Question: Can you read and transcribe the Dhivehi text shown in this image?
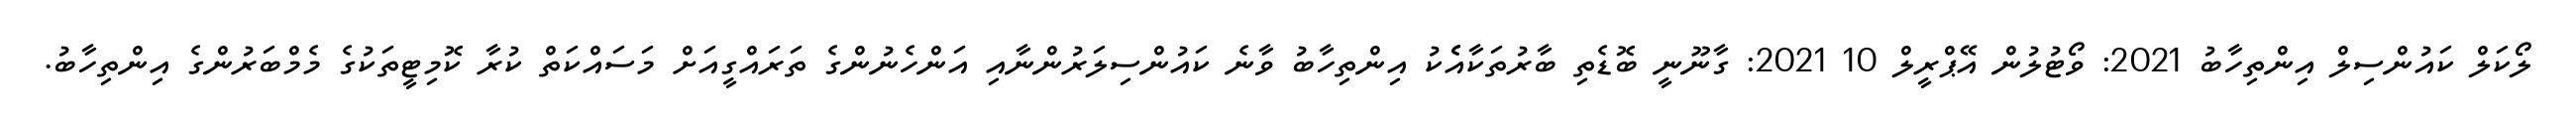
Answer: ލޯކަލް ކައުންސިލް އިންތިހާބު 2021: ވޯޓުލުން އޭޕްރީލް 10 2021: ގާނޫނީ ބޮޑެތި ބާރުތަކާއެެކު އިންތިހާބު ވާނެ ކައުންސިލަރުންނާއި އަންހެނުންގެ ތަރައްގީއަށް މަސައްކަތް ކުރާ ކޮމިޓީތަކުގެ މެމްބަރުންގެ އިންތިހާބު.